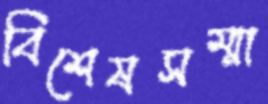
বিশেষসম্মা